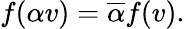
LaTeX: f(\alpha v)={\overline{{\alpha}}}f(v).